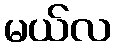
မယ်လ